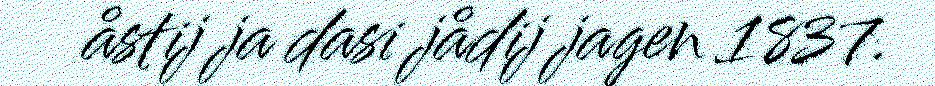
åstij ja dasi jådij jagen 1837.